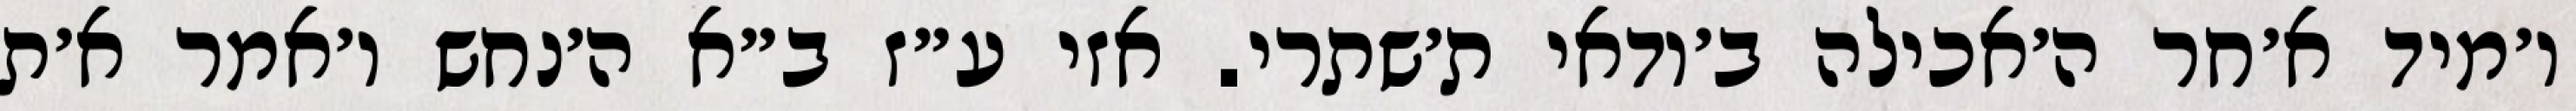
ו׳מיד א׳חר ה׳אכילה ב׳ודאי ת׳שתרי. אזי ע״ז ב״א ה׳נחש ו׳אמר א׳ת